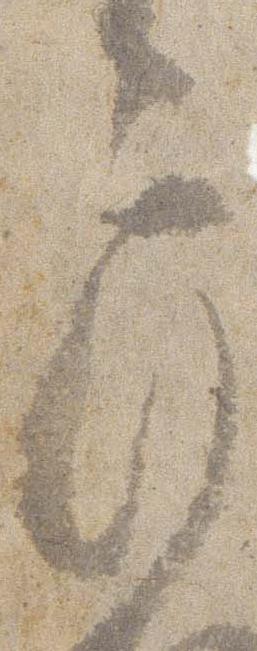
弁